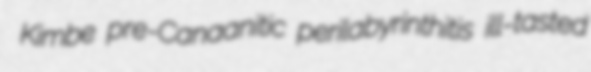
Kimbe pre-Canaanitic perilabyrinthitis ill-tasted